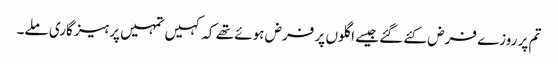
تم پر روزے فرض کئے گئے جیسے اگلوں پر فرض ہوئے تھے کہ کہیں تمہیں پرہیزگاری ملے۔